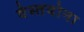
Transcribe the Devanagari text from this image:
वेस्तयोना